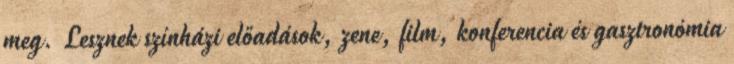
meg. Lesznek színházi előadások, zene, film, konferencia és gasztronómia